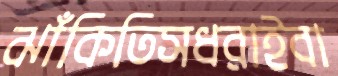
ঝাঁকিতিসধরাইবা